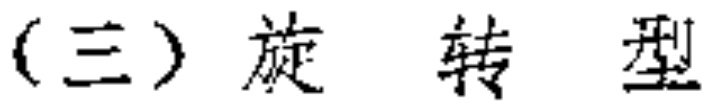
(三) 旋 转 型